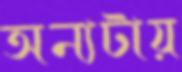
অন্যটায়